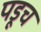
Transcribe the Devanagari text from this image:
पडूच